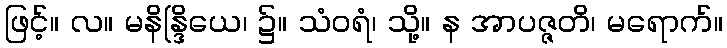
ဖြင့်။ လ။ မနိန္ဒြိယေ၊ ၌။ သံဝရံ၊ သို့။ န အာပဇ္ဇတိ၊ မရောက်။